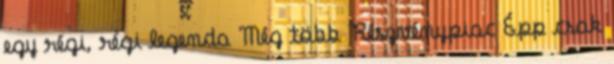
egy régi, régi legenda Még több Részvénypiac Épp csak